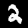
Digit: 2